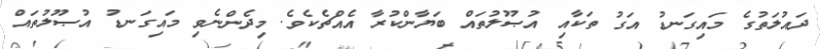
ދައުލަތުގެ މައިގަނޑު އަގު ތަކާއި އުޞޫލުތައް ބަޔާންކުރާ އެއްޗެކެވެ. މިދެންނެވި މައިގަނޑު އުޞޫލުތައް